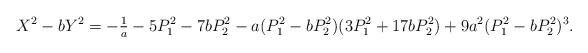
LaTeX: \begin{align*}X^2-bY^2=-\tfrac{1}{a}-5P_1^2-7bP_2^2-a(P_1^2-bP_2^2)(3P_1^2+17bP_2^2)+9a^2(P_1^2-bP_2^2)^3.\end{align*}